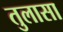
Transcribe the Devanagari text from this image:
तुलासा